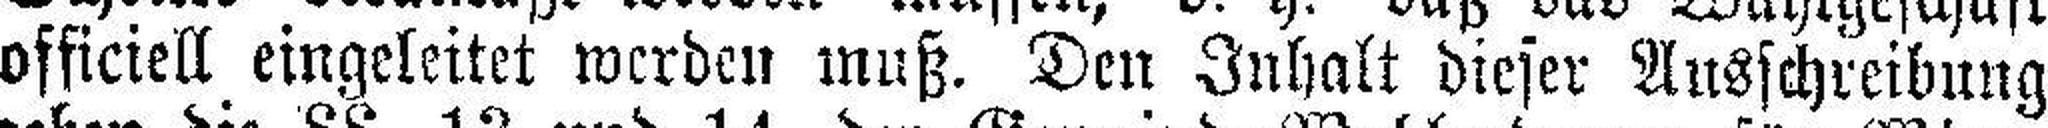
officiell eingeleitet werden muß. Den Inhalt dieser Ausschreibung